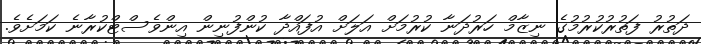
ދަތުރު ފަތުރުކުރުމުގެ ނިޒާމް ހަރުދަނާ ކުރުމަށް އަލަށް އުފައްދާ ކުންފުނިން އިންވެސްޓްކުރާނެ ކަމަށެވެ.